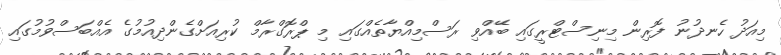
މިއަދު ހެނދުނު ފޮރިން މިނިސްޓްރީގައި ބޭއްވި ރަސްމިއްޔާތެއްގައި މި ޕްރޮގްރާމް ކުރިއަށްގެންދިއުމުގެ އެއްބަސްވުމުގައި